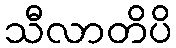
သီလာတိပိ